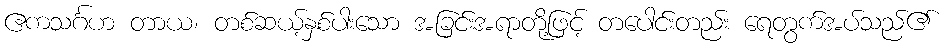
ဧကသင်္ဂဟ တာယ၊ တစ်ဆယ့်နှစ်ပါးသော အခြင်းအရာတို့ဖြင့် တပေါင်းတည်း ရေတွက်အပ်သည်၏